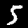
Digit: 5